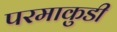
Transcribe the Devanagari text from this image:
परमाकुडी